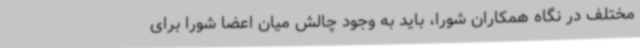
مختلف در نگاه همکاران شورا، باید به وجود چالش میان اعضا شورا برای